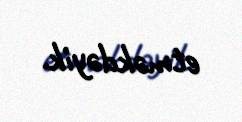
etməkdəyik.